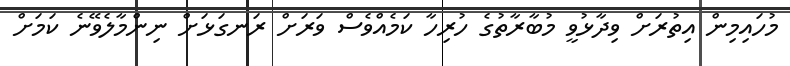
މުހައިމިން އިތުރަށް ވިދާޅުވީ މުބާރާތުގެ ހުރިހާ ކަމެއްވެސް ވަރަށް ރަނގަޅަށް ނިންމާލެވޭނެ ކަމަށް